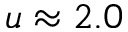
u \approx 2 . 0